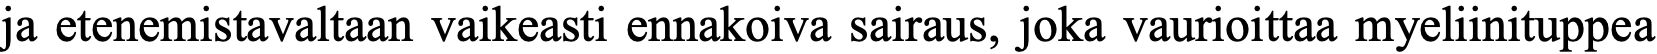
ja etenemistavaltaan vaikeasti ennakoiva sairaus, joka vaurioittaa myeliinituppea